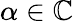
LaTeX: \alpha\in\mathbb{C}